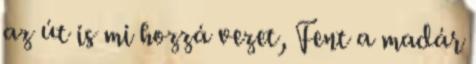
az út is mi hozzá vezet, Fent a madár